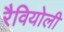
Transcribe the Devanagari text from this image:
रैवियोली